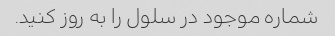
شماره موجود در سلول را به روز کنید.